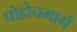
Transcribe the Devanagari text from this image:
पोहोचमार्ग